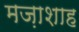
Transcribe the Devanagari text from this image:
मज़ाशाह